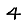
Digit: 4